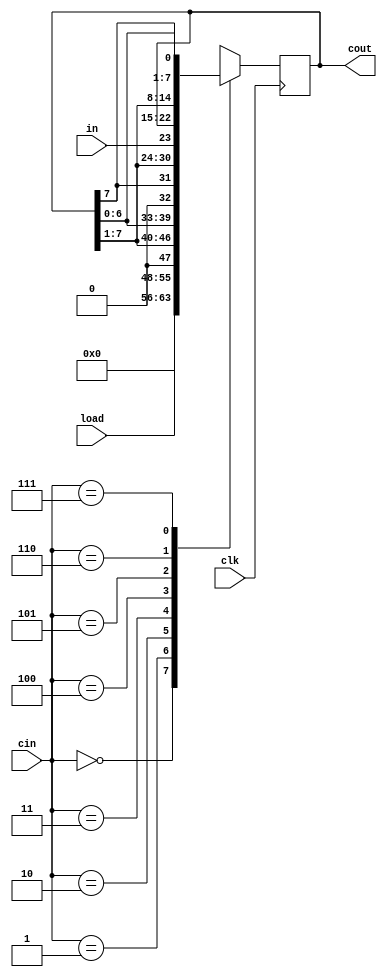
module lab06_1(cin,cout,clk,load,in);
input [2:0]cin;
input clk,in;
input [7:0]load;
output reg[7:0]cout;
always @(posedge clk)
	case(cin)
	0:cout <= 0;
	1:cout <= load;
	2:cout <= {1'b0,cout[7:1]};
	3:cout <= {cout[6:0],1'b0};
	4:cout <= {cout[7],cout[7:1]};
	5:cout <= {in,cout[7:1]};
	6:cout <= {cout[0],cout[7:1]};
	7:cout <= {cout[6:0],cout[7]};
	default cout <= 8'bx;
	endcase
endmodule